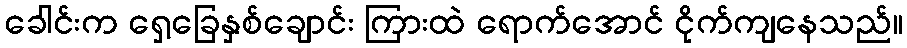
ခေါင်းက ရှေ့ခြေနှစ်ချောင်း ကြားထဲ ရောက်အောင် ငိုက်ကျနေသည်။